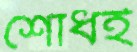
শোধই